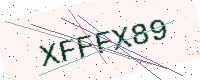
Text: XFFFX89